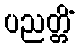
ပညတ္တိံ